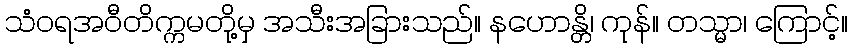
သံဝရအဝီတိက္ကမတို့မှ အသီးအခြားသည်။ နဟောန္တိ၊ ကုန်။ တသ္မာ၊ ကြောင့်။